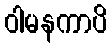
ဝါမနကာပိ